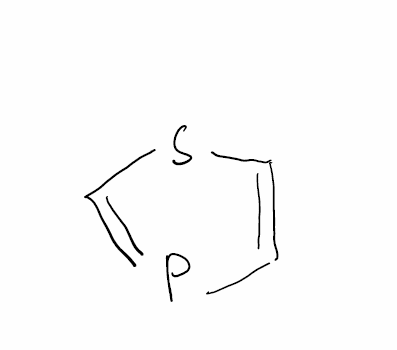
Simplified molecular-input line-entry system (SMILES) notation of the given molecule:
C1=CSC=P1